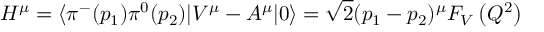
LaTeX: H ^ { \mu } = \langle \pi ^ { - } ( p _ { 1 } ) \pi ^ { 0 } ( p _ { 2 } ) | V ^ { \mu } - A ^ { \mu } | 0 \rangle = \sqrt { 2 } ( p _ { 1 } - p _ { 2 } ) ^ { \mu } F _ { V } \left( Q ^ { 2 } \right)